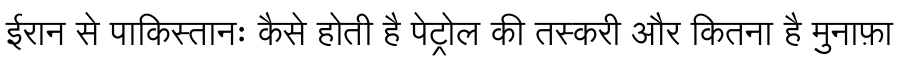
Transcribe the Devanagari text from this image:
ईरान से पाकिस्तानः कैसे होती है पेट्रोल की तस्करी और कितना है मुनाफ़ा